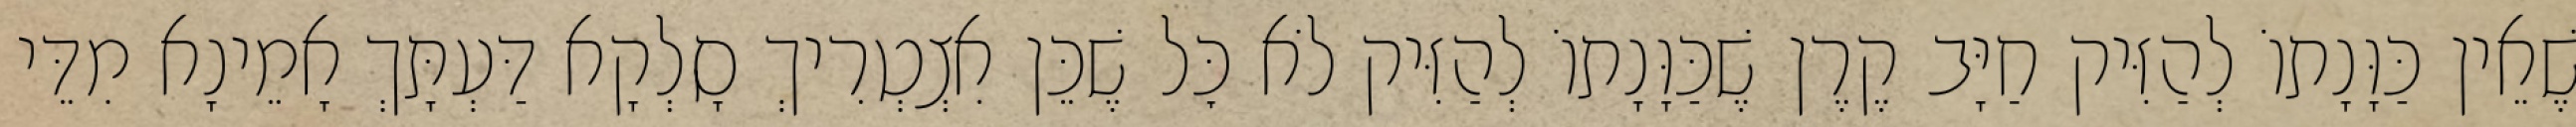
שֶׁאֵין כַּוָּנָתוֹ לְהַזִּיק חַיָּב קֶרֶן שֶׁכַּוָּנָתוֹ לְהַזִּיק לֹא כׇּל שֶׁכֵּן אִצְטְרִיךְ סָלְקָא דַּעְתָּךְ אָמֵינָא מִדֵּי